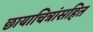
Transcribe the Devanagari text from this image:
छायाचित्रांसहित